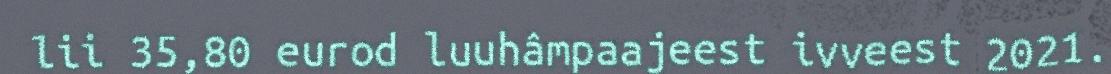
lii 35,80 eurod luuhâmpaajeest ivveest 2021.